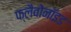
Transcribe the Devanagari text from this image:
फ्लैवोनाॅइड